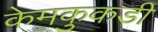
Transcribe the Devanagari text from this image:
केमकुकडी